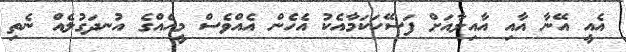
އެއީ އޭނާ އާއި އާއިލާއަށް ފަސޭހަކަމާއެކު އެހެން އެއްވެސް މީހެއްގެ އުނދަގުލެއް ނެތި